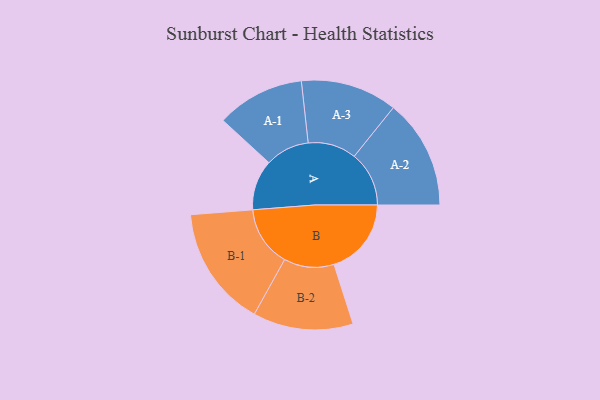
{"axis": {"x": "Segment", "y": "Value"}, "legend": ["", "A", "B"], "data": [{"x": "A", "y": 248, "type": ""}, {"x": "B", "y": 381, "type": ""}, {"x": "A-1", "y": 217, "type": "A"}, {"x": "A-2", "y": 270, "type": "A"}, {"x": "A-3", "y": 238, "type": "A"}, {"x": "B-1", "y": 298, "type": "B"}, {"x": "B-2", "y": 247, "type": "B"}]}